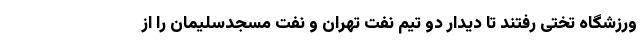
ورزشگاه تختی رفتند تا دیدار دو تیم نفت تهران و نفت مسجدسلیمان را از